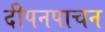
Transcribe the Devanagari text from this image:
दीपनपाचन